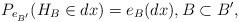
LaTeX: \begin{align*}P_{e_{B'}}(H_B \in dx)=e_B(dx), B\subset B',\end{align*}